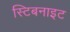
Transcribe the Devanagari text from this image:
स्टिबनाइट